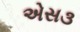
એસ૩